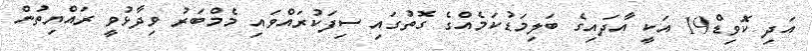
އަދި ކޮވިޑް19 އަކީ އާދައިގެ ބަލިމަޑުކަމެއްގެ ގޮތުގައި ސިފަކުރައްވައި މެމްބަރު ވިދާޅުވީ ރައްޔިތުން